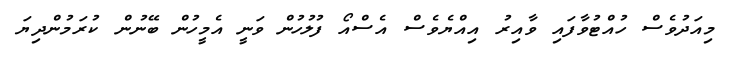
މިއަދުވެސް ހުއްޓުވާފައި ވާއިރު އިއްޔެވެސް އެސްއޯ ފުލުހުން ވަނީ އެމީހުން ބޭނުން ކުރަމުންދިޔަ